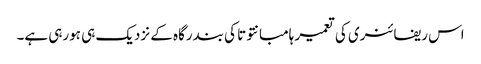
اس ریفائنری کی تعمیر ہامبانتوتا کی بندرگاہ کے نزدیک ہی ہورہی ہے۔